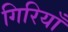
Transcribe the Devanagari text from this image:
गिरियाँ